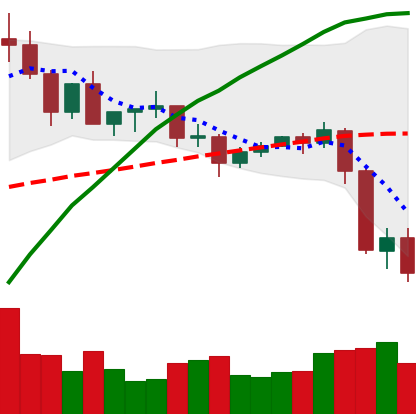
Ticker: XLM-USD
Chart end date: 2020-09-05
Forward return: 7.697%
Label: up_7plus